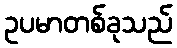
ဥပမာတစ်ခုသည်